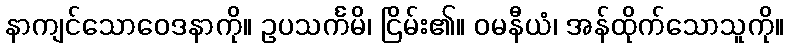
နာကျင်သောဝေဒနာကို။ ဥပသင်္ကမိ၊ ငြိမ်း၏။ ဝမနီယံ၊ အန်ထိုက်သောသူကို။